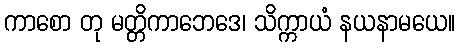
ကာစော တု မတ္တိကာဘေဒေ၊ သိက္ကာယံ နယနာမယေ။